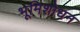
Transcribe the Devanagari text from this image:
भूमिशोधन